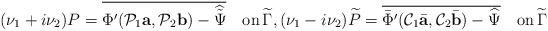
LaTeX: \begin{align*}(\nu_1+i\nu_2) P=\overline{\Phi'(\mathcal P_1 {\mbox{\bf a}},\mathcal P_2 {\mbox{\bf b}})-\widehat {\tilde\Psi}}\quad\mbox{on}\,\widetilde \Gamma,(\nu_1-i\nu_2) \widetilde P=\overline{\bar\Phi'(\mathcal C_1\bar{\mbox{\bf a}},\mathcal C_2\bar{\mbox{\bf b}})-\widehat {\Psi}}\quad\mbox{on}\,\widetilde \Gamma\end{align*}